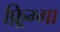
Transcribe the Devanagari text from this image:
फ़्रिग्गा